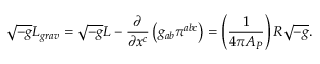
\sqrt { - g } L _ { g r a v } = \sqrt { - g } L - { \frac { \partial } { \partial x ^ { c } } } \left( g _ { a b } \pi ^ { a b c } \right) = \left( { \frac { 1 } { 4 \pi { \cal A } _ { P } } } \right) R \sqrt { - g } .